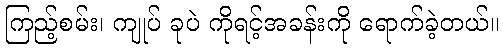
ကြည့်စမ်း၊ ကျုပ် ခုပဲ ကိုရင့်အခန်းကို ရောက်ခဲ့တယ်။